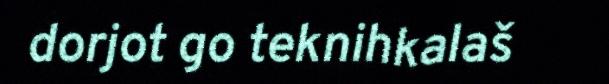
dorjot go teknihkalaš